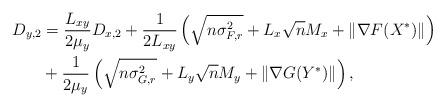
LaTeX: \begin{align*}D_{y, 2} &=\frac{L_{xy}}{2\mu_{y}}D_{x,2}+ \frac{1}{2L_{xy}}\left(\sqrt{n\sigma_{F,r}^2} + L_{x}\sqrt{n}M_x+\|\nabla F(X^*)\| \right)\\&+\frac{1}{2\mu_{y}}\left(\sqrt{n\sigma_{G,r}^2} + L_{y}\sqrt{n}M_y+\|\nabla G(Y^*)\| \right),\end{align*}